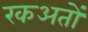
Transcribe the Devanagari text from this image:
रकअतों